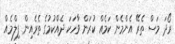
ރޯދަ މަސް ތެރޭ އެންމެން ކަމެއް ކުރަން ވާހަކަ ދެއްކުމުގެ ތެރެއިން ފިލްމެއް